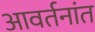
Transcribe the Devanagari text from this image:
आवर्तनांत